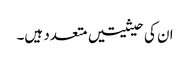
ان کی حیثیتیں متعدد ہیں۔